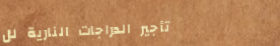
تأجير الدراجات النارية لل